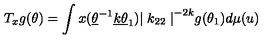
T _ { x } g ( \theta ) = \int x ( \underline { { \theta } } ^ { - 1 } \underline { { k } } \underline { { \theta } } _ { 1 } ) { \mid k _ { 2 2 } \mid } ^ { - 2 k } g ( \theta _ { 1 } ) d \mu ( u )